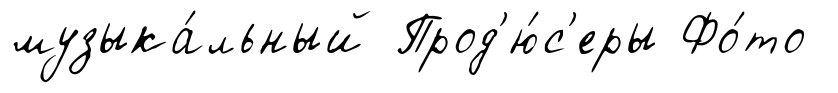
музыка́льный Прод'ю́с'еры Фо́то